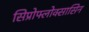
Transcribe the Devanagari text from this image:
सिप्रोफ्लोक्सासिन